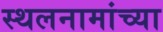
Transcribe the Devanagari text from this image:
स्थलनामांच्या